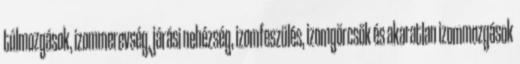
túlmozgások, izommerevség, járási nehézség, izomfeszülés, izomgörcsök és akaratlan izommozgások